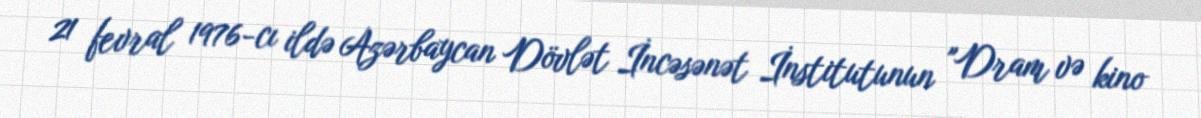
21 fevral 1976-cı ildə Azərbaycan Dövlət İncəsənət İnstitutunun "Dram və kino